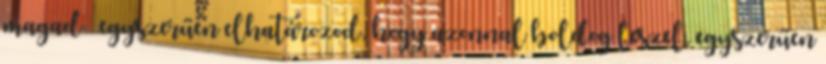
magad – egyszerűen elhatározod, hogy azonnal boldog leszel, egyszerűen